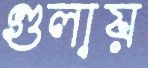
গুলায়